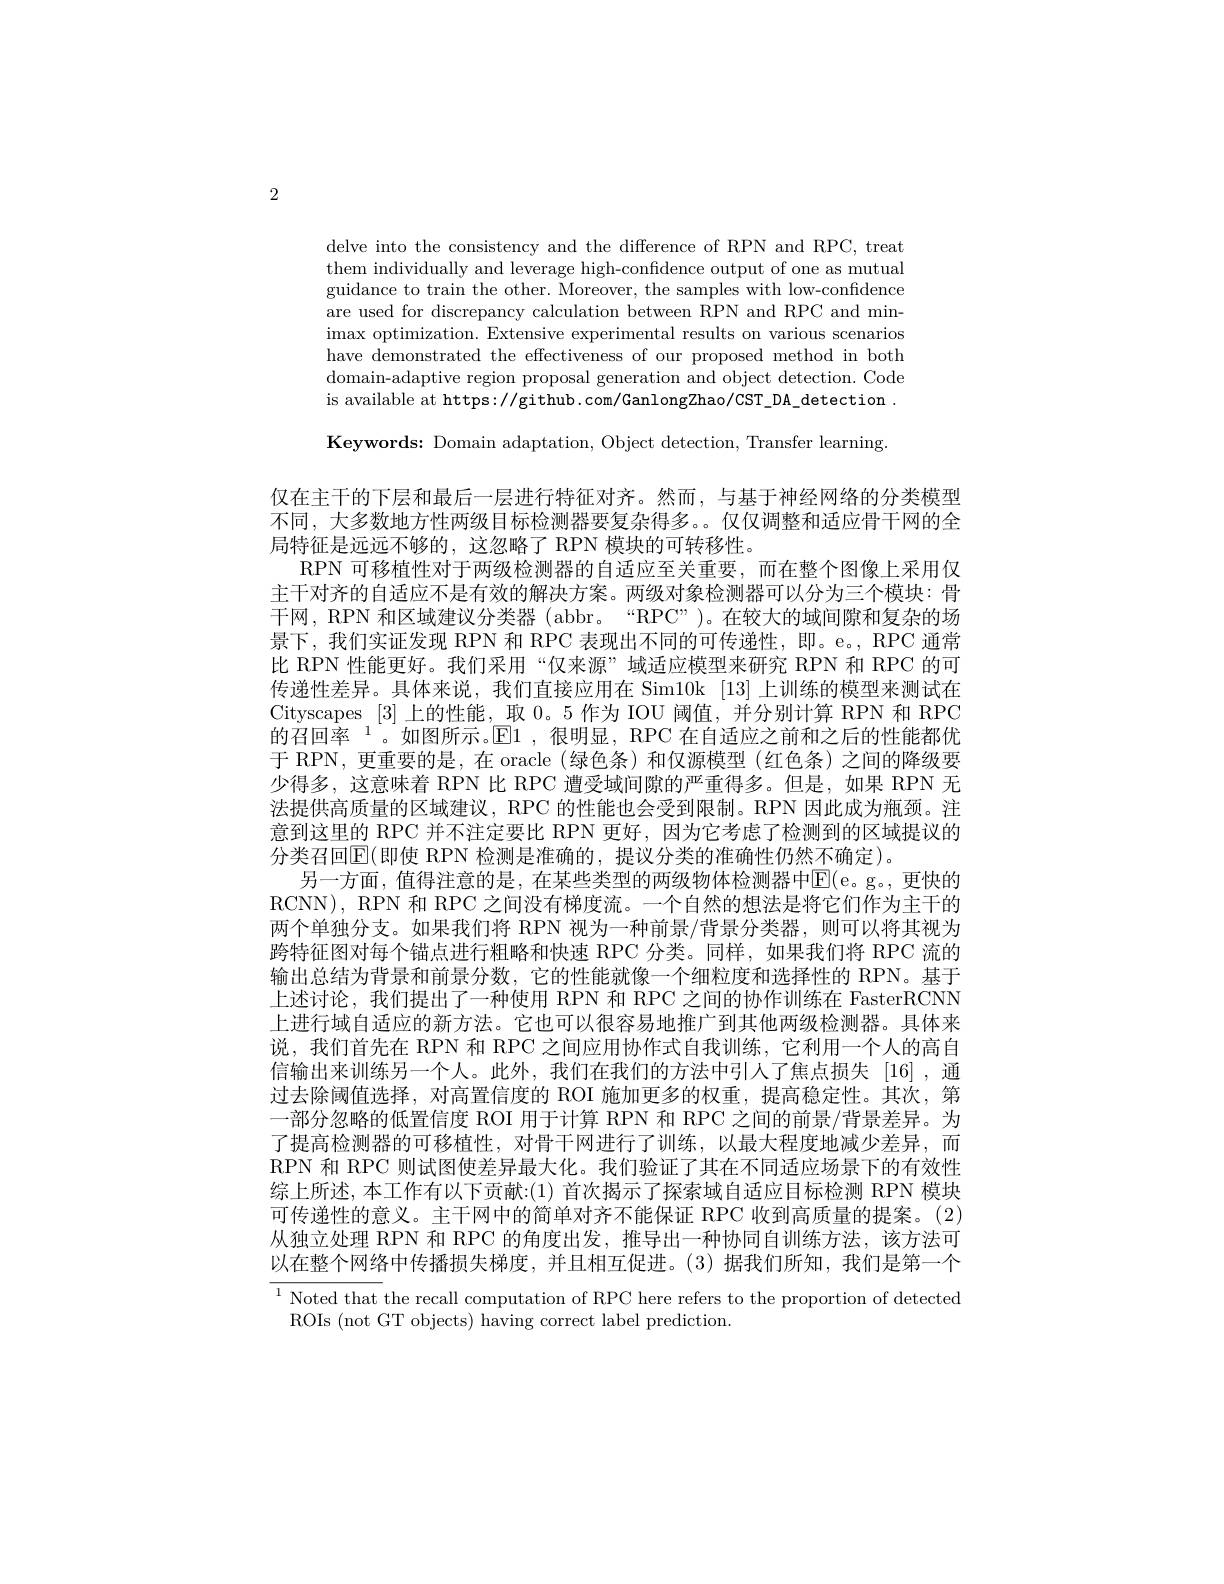
2

delve into the consistency and the difference of RPN and RPC, treat them individually and leverage high-confidence output of one as mutual guidance to train the other. Moreover, the samples with low-confidence are used for discrepancy calculation between RPN and RPC and min- $\begin{array}{c}\mathrm{imax~optimization.~Extensive~experimental~results~on~various~scenarios}\end{array}$ have demonstrated the effectiveness of our proposed method in both domain-adaptive region proposal generation and object detection. Code is available at https://github.com/GanlongZhao/CST\_DA\_detection~. Keywords: Domain adaptation, Object detection, Transfer learning.

仅在主干的下层和最后一层进行特征对齐。然而，与基于神经网络的分类模型不同，大多数地方性两级目标检测器要复杂得多。。仅仅调整和适应骨干网的全局特征是远远不够的，这忽略了 RPN 模块的可转移性。
RPN 可移植性对于两级检测器的自适应至关重要，而在整个图像上采用仅主干对齐的自适应不是有效的解决方案。两级对象检测器可以分为三个模块：骨干网，RPN 和区域建议分类器 ( abbr。“RPC”)。在较大的域间隙和复杂的场景下，我们实证发现 RPN 和 RPC 表现出不同的可传递性，即。e。, RPC 通常比 RPN 性能更好。我们采用“仅来源”域适应模型来研究 RPN 和 RPC 的可传递性差异。具体来说，我们直接应用在 Sim10k[13]上训练的模型来测试在Cityscapes [3]上的性能，取 0。5 作为 IOU 阈值，并分别计算 RPN 和 RPC 的召回率$^{1}$。如图所示。$\mathbb{E}$1,很明显，RPC 在自适应之前和之后的性能都优于 RPN, 更重要的是，在 oracle (绿色条) 和仅源模型 (红色条) 之间的降级要少得多，这意味着 RPN 比 RPC 遭受域间隙的严重得多。但是，如果 RPN 无法提供高质量的区域建议，RPC 的性能也会受到限制。RPN 因此成为瓶颈。注意到这里的 RPC 并不注定要比 RPN 更好，因为它考虑了检测到的区域提议的分类召回$\mathbb{E}($即使 RPN 检测是准确的，提议分类的准确性仍然不确定)。
另一方面，值得注意的是，在某些类型的两级物体检测器中$\operatorname{E}($e。g。,更快的RCNN), RPN 和 RPC 之间没有梯度流。一个自然的想法是将它们作为主干的两个单独分支。如果我们将 RPN 视为一种前景/背景分类器，则可以将其视为跨特征图对每个锚点进行粗略和快速 RPC 分类。同样，如果我们将 RPC 流的输出总结为背景和前景分数，它的性能就像一个细粒度和选择性的 RPN。基于上述讨论，我们提出了一种使用 RPN 和 RPC 之间的协作训练在 FasterRCNN 上进行域自适应的新方法。它也可以很容易地推广到其他两级检测器。具体来说，我们首先在 RPN 和 RPC 之间应用协作式自我训练，它利用一个人的高自信输出来训练另一个人。此外，我们在我们的方法中引入了焦点损失 [16],通过去除阈值选择，对高置信度的 ROI 施加更多的权重，提高稳定性。其次，第一部分忽略的低置信度 ROI 用于计算 RPN 和 RPC 之间的前景/背景差异。为了提高检测器的可移植性，对骨干网进行了训练，以最大程度地减少差异，而RPN 和 RPC 则试图使差异最大化。我们验证了其在不同适应场景下的有效性综上所述，本工作有以下贡献：(1) 首次揭示了探索域自适应目标检测 RPN 模块可传递性的意义。主干网中的简单对齐不能保证 RPC 收到高质量的提案。(2) 从独立处理 RPN 和 RPC 的角度出发，推导出一种协同自训练方法，该方法可以在整个网络中传播损失梯度，并且相互促进。(3)据我们所知，我们是第一个$\overline{^1\text{Noted that }}$the recall computation of RPC here refers to the proportion of detected
ROIs (not GT objects) having correct label prediction